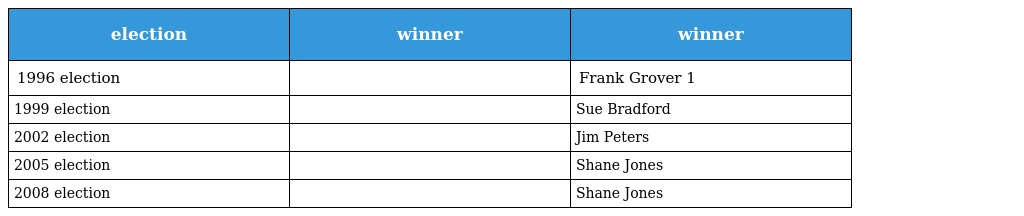
| election | winner | winner |
 | --- | --- | --- |
 | 1996 election |  | Frank Grover 1 |
 | 1999 election |  | Sue Bradford |
 | 2002 election |  | Jim Peters |
 | 2005 election |  | Shane Jones |
 | 2008 election |  | Shane Jones |